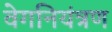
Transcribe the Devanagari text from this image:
वेगनियंत्रण